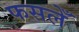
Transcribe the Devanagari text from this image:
फसलेँ